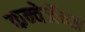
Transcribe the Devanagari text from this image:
कन्वेर्जेन्स